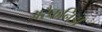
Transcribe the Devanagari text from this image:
अरैकनिडा